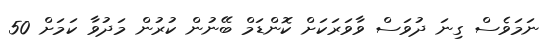
ނަމަވެސް ގިނަ ދުވަސް ވާވަރަކަށް ކޮންޑަމް ބޭނުން ކުރުން މަދުވާ ކަމަށް 50